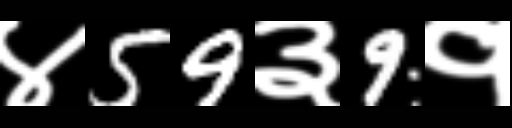
Text: ४59३9१